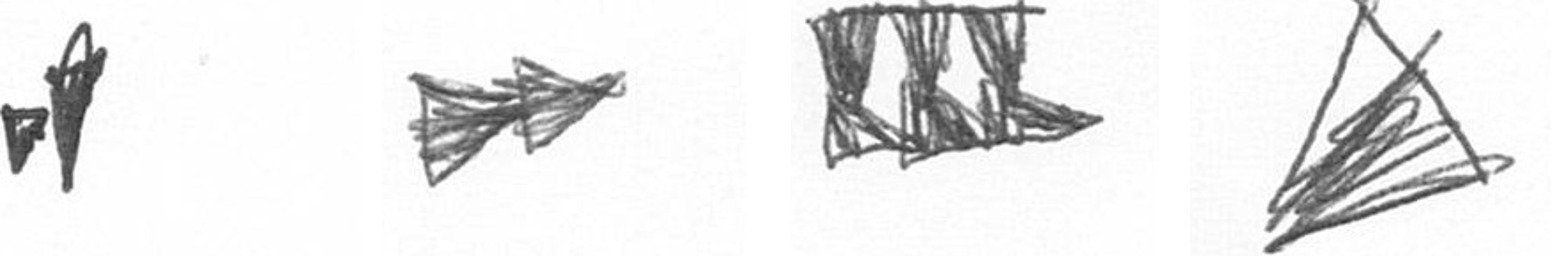
M A D O